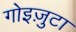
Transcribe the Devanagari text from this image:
गोइज़ुटा